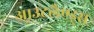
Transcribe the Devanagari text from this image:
आउटलैण्ड्स